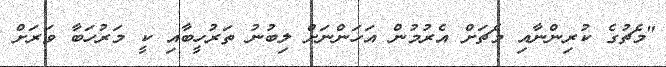
"މެޗުގެ ކުރިންނާއި މެޗަށް އެރުމުން އަހަންނަށް ލިބުނު ތަރުހީބާއި ކީ މަރުހަބާ ވަރަށް